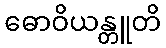
ဓောဝိယန္တူတိ